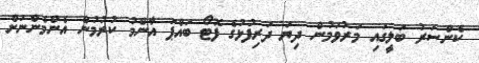
ކެންސަރު ބަލީގައި މަރުވަމުން ދިޔަ ދަރިފުޅުގެ ފޮޓޯ ބައްޕަ އާންމު ކުރުމުން އެންމެންނަށް